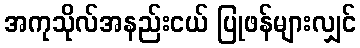
အကုသိုလ်အနည်းငယ် ပြုဖန်များလျှင်